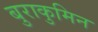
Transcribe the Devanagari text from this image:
बुराकुमिन